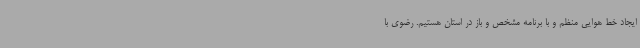
ایجاد خط هوایی منظم و با برنامه مشخص و باز در استان هستیم. رضوی با